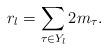
LaTeX: \begin{align*}r_l = \sum_{\tau \in Y_l} 2 m_{\tau}.\end{align*}